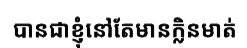
បានជាខ្ញុំនៅតែមានក្លិនមាត់